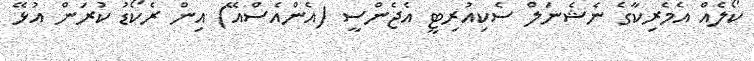
ކޯލެއް އެމެރިކާގެ ނެޝެނަލް ސެކިއުރިޓީ އެޖެންސީ (އެންއެސްއޭ) އިން ރެކޯޑު ކުރަން އުޅޭ